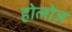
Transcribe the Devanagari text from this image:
होलोज़